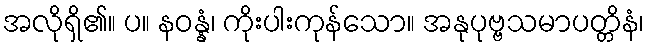
အလိုရှိ၏။ ပ။ နဝန္နံ၊ ကိုးပါးကုန်သော။ အနုပုဗ္ဗသမာပတ္တိနံ၊